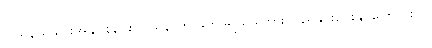
ပြည်နယ်သားအချင်းချင်းပြဿနာကို ဖက်ဒရယ်မှကြားဝင်ညှိနှိုင်းပေးနိုင်ကြောင်းပါ။